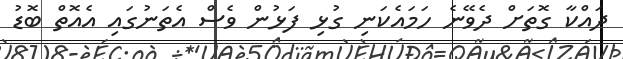
ދައްކާ ގޮތަށް ދެވޭނެ ހަމައެކަނި ގުޅި ފަޅުން ވެސް އެތަނުގައި އެއޮތް ބޮޑު